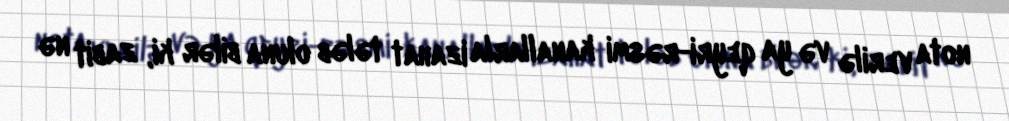
nota verilə və ya qeyri-rəsmi kanallarla izahat tələb oluna bilər ki, zabit nə